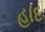
હાદ